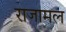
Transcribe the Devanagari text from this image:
राजामल